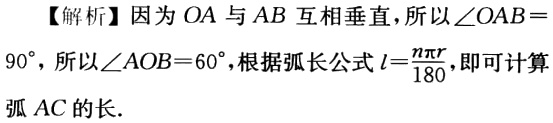
【解析】因为 \(OA\) 与 \(AB\) 互相垂直，所以 \(\angle OAB = 90^{\circ}\)，所以 \(\angle AOB = 60^{\circ}\)，根据弧长公式 \(l=\frac{n\pi r}{180}\)，即可计算弧 \(AC\) 的长.